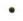
.